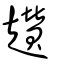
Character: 趲